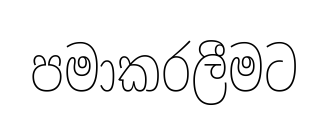
පමාකරලීමට